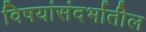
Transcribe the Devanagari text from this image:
विषयांसंदर्भातील